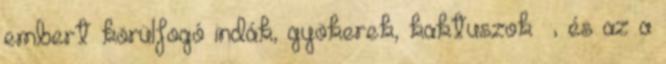
embert körülfogó indák, gyökerek, kaktuszok –, és az a